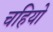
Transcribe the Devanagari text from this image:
चहियो